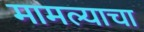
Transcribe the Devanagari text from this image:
मामल्याचा